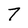
Character: 7